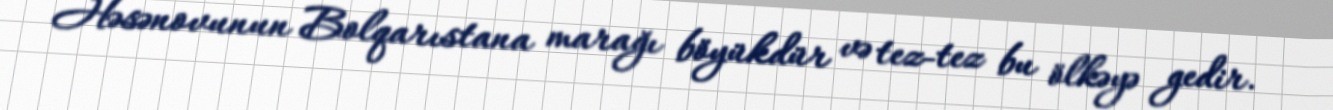
Həsənovunun Bolqarıstana marağı böyükdür və tez-tez bu ölkəyə gedir.